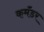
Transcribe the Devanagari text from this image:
कमॅंडर